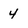
Character: 4